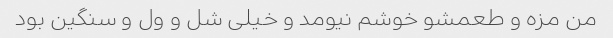
من مزه و طعمشو خوشم نیومد و خیلی شل و ول و سنگین بود